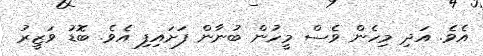
އެވެ. އަދި މިހެން ވެސް މީހުން ބުނާން ފަށައިފި އެވެ. ބޮޑު ވަޒީރު